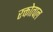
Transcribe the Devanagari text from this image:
रक्तोत्पल